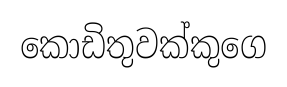
කොඩිතුවක්කුගෙ